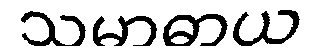
သမာဓာယ